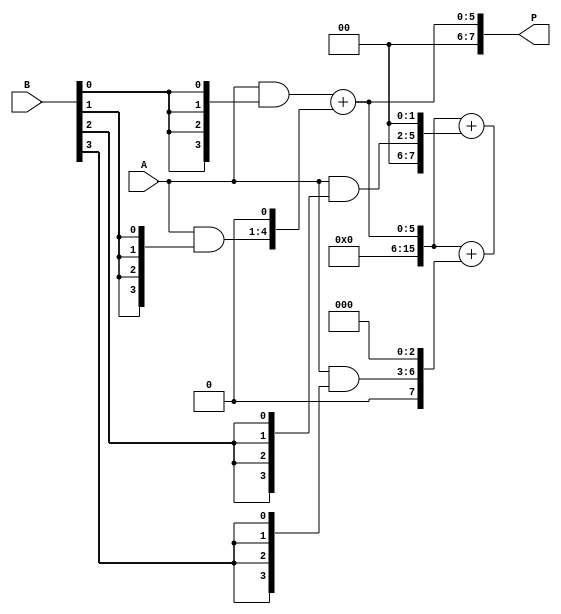
module vedic_multiplier #(parameter N = 4) (
    input  [N-1:0] A,  // N-bit input A
    input  [N-1:0] B,  // N-bit input B
    output [2*N-1:0] P // 2N-bit output P
);
    // Internal signals for partial products
    wire [N-1:0] pp [0:N-1]; // Partial products
    wire [2*N-1:0] sum [0:N-1]; // Sums of partial products
    wire [2*N-1:0] carry; // Carry out for addition

    // Generate partial products
    genvar i, j;
    generate
        for (i = 0; i < N; i = i + 1) begin : pp_gen
            assign pp[i] = A & {N{B[i]}}; // AND operation for partial products
            // Shift partial products according to the bit position
            assign sum[i] = {pp[i], i'b0}; // Shift left by i bits
        end
    endgenerate

    // Initialize the final sum to zero
    assign sum[0] = sum[0];
    
    // Add partial products
    generate
        for (i = 1; i < N; i = i + 1) begin : adder
            if (i == 1) begin
                // First addition
                assign {carry, P} = sum[0] + sum[1];
            end else begin
                // Subsequent additions
                assign {carry, P} = {carry, P} + sum[i];
            end
        end
    endgenerate

    // Final output
    assign P = {carry, P}; // Include carry for final result

endmodule